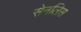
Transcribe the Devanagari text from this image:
सेनलिस